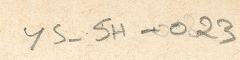
YS-5H-023